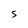
Character: S